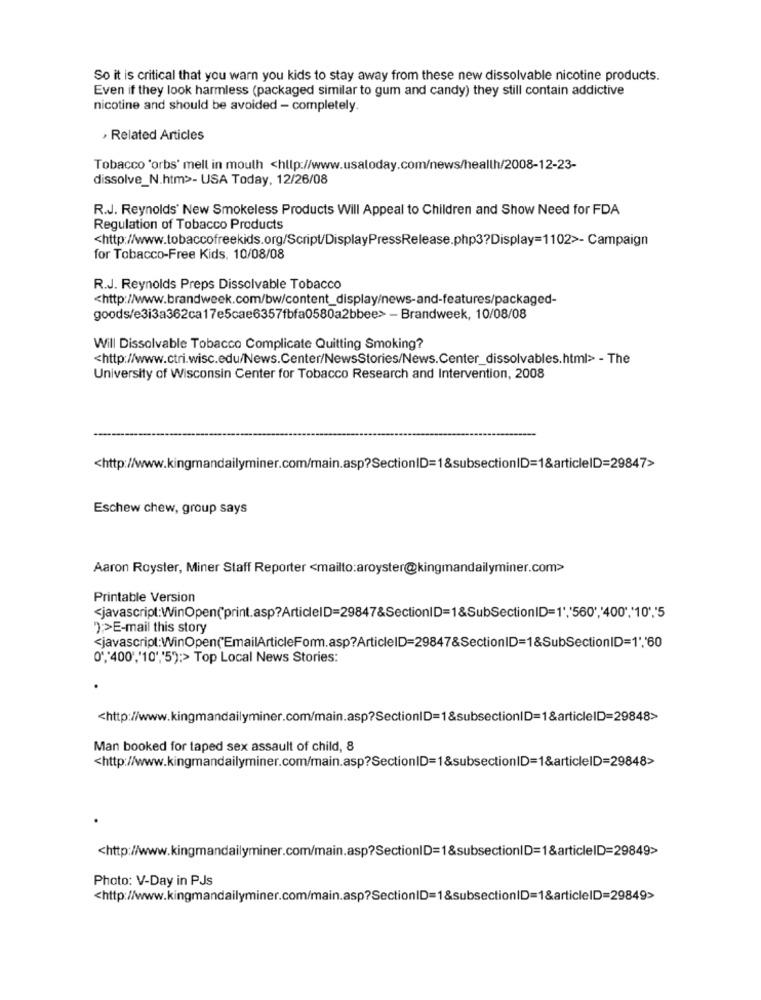
So it is critical that you warn you kids to stay away from these new dissolvable nicotine products.
Even if they look harmless (packaged similar to gum and candy) they still contain addictive
nicotine and should be avoided - completely.
› Related Articles
Tobacco 'orbs' mell in mouth <hllp://www.usatoday.com/news/health/2008-12-23-
dissolve_N.htm>>- USA Today, 12/26/08
R.J. Reynolds' New Smokeless Products Will Appeal to Children and Show Need for FDA
Regulation of Tobacco Products
<http://www.tobaccofreekids.org/Script/DisplayPressRelease.php3?Display=1102>- Campaign
for Tobacco-Free Kids, 10/08/08
R.J. Reynolds Preps Dissolvable Tobacco
<http://www.brandweek.com/bw/content_display/news-and-features/packaged-
goods/e3i3a362ca17e5cae6357fbfa0580a2bbee> - Brandweek, 10/08/08
Will Dissolvable Tobacco Complicate Quitting Smoking?
<http://www.ctri.wisc.edu/News.Center/NewsStories/News.Center_dissolvables.html> - The
University of Wisconsin Center for Tobacco Research and Intervention, 2008
---
<http://www.kingmandailyminer.com/main.asp?SectionID=1&subsectionID=1&articleID=29847>
Eschew chew, group says
Aaron Royster, Miner Staff Reporter <mailto:aroyster@kingmandailyminer.com>
Printable Version
":>E-mail this story
<javascript:WinOpen("EmailArticleForm.asp?ArticleID=29847&SectionID=1&SubSectionID=1','60
0','400""10"'5');> Top Local News Stories:
<http://www.kingmandailyminer.com/main.asp?SectionID=1&subsectionID=1&articleID=29848>
Man booked for taped sex assault of child, 8
<http://www.kingmandailyminer.com/main.asp?SectionID=1&subsectionID=1&articleID=29848>
<http://www.kingmandailyminer.com/main.asp?SectionID=1&subsectionID=1&articleID=29849>
Photo: V-Day in PJs
<http://www.kingmandailyminer.com/main.asp?SectionID=1&subsectionID=1&articleID=29849>